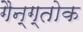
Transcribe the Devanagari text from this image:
गैन्ग्तोक